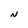
Character: N